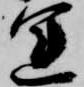
運